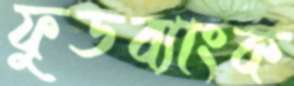
ফুডব্যাংক